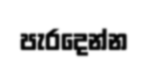
පැරදෙන්න